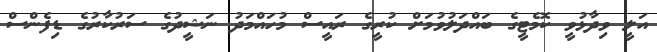
އަލީ ވިދާޅުވީ ކޮމެޓީގެ ބައްދަލުވުމަށް ކުރީގެ ރައީސް މުހައްމަދު ނަޝީދުގެ ސަރުކާރުގެ ޑިފެންސް